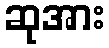
ဆုအား